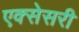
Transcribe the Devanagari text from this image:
एक्सेसरी